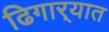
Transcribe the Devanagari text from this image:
ढिगार्‍यात